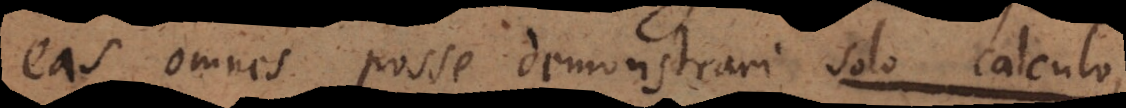
eas omnes posse demonstrari solo calculo,